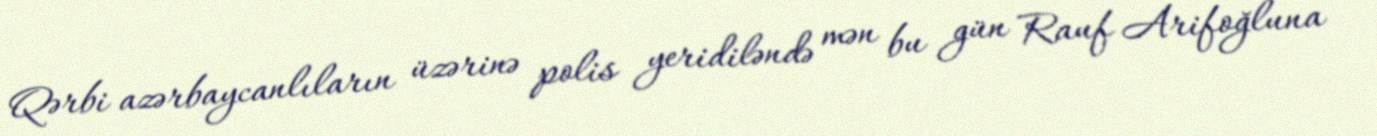
Qərbi azərbaycanlıların üzərinə polis yeridiləndə mən bu gün Rauf Arifoğluna